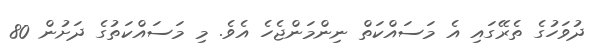
ދުވަހުގެ ތެރޭގައި އެ މަސައްކަތް ނިންމަންޖެހެ އެވެ. މި މަސައްކަތުގެ ދަށުން 80